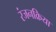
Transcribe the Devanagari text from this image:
रंजनक्रिया